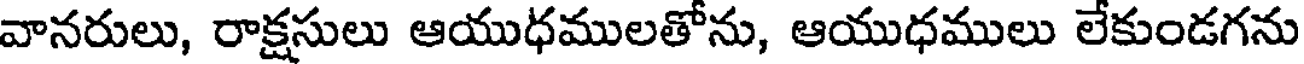
వానరులు, రాక్షసులు ఆయుధములతోను, ఆయుధములు లేకుండగను